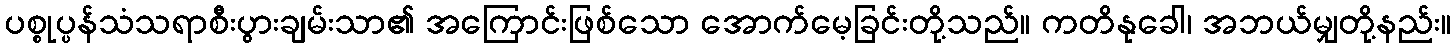
ပစ္စုပ္ပန်သံသရာစီးပွားချမ်းသာ၏ အကြောင်းဖြစ်သော အောက်မေ့ခြင်းတို့သည်။ ကတိနုခေါ၊ အဘယ်မျှတို့နည်း။